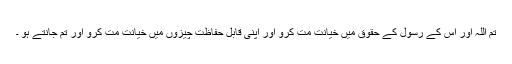
تم اللہ اور اس کے رسول کے حقوق میں خیانت مت کرو اور اپنی قابل حفاظت چیزوں میں خیانت مت کرو اور تم جانتے ہو ۔